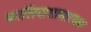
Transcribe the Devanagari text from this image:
कालिदासासारख्या